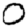
Digit: 0